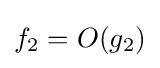
f_{2}=O(g_{2})